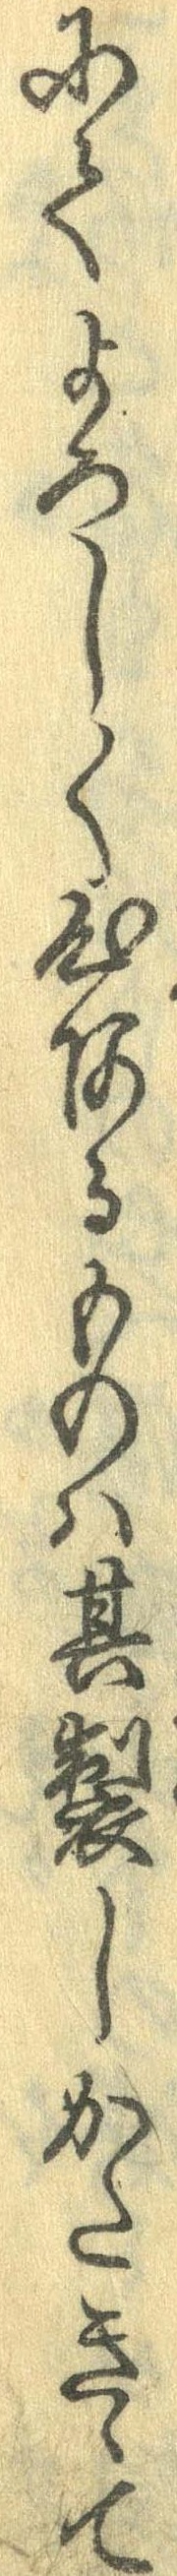
にてよろしく心あるものは其製しかたきゝて